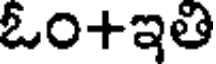
ఓం+ఇతి